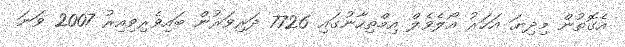
އެގޮތުން މިދިޔަ އަހަރު އޯލެވެލް އިމްތިހާނުގައި 7726 ދަރިވަރުން ބައިވެރިވިއިރު 2007 ވަނަ